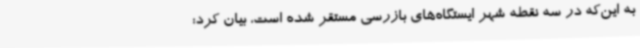
به این‌که در سه نقطه شهر ایستگاه‌های بازرسی مستقر شده است، بیان کرد: